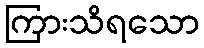
ကြားသိရသော